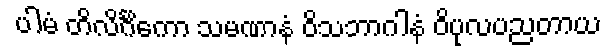
ပါမံ တိလိင်္ဂိကော သမဏာနံ ဝိသဘာဂါနံ ဝိပုလပညတာယ